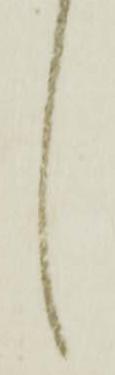
候